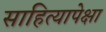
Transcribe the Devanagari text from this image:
साहित्यापेक्षा